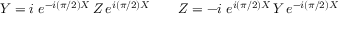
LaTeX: Y = i \; e ^ { - i ( { \pi } / { 2 } ) X } \, Z \, e ^ { i ( { \pi } / { 2 } ) X } \qquad Z = - i \; e ^ { i ( { \pi } / { 2 } ) X } \, Y \, e ^ { - i ( { \pi } / { 2 } ) X }